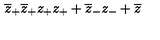
\overline { { z } } _ { + } \overline { { z } } _ { + } z _ { + } z _ { + } + \overline { { z } } _ { - } z _ { - } + \overline { { z } }